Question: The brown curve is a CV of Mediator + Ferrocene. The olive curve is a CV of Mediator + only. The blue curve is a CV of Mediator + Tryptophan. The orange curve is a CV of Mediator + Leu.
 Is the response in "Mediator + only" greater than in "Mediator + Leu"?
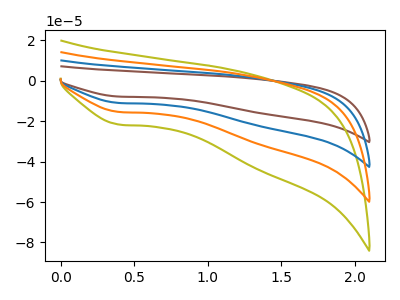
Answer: <think>The brown curve "Mediator + Ferrocene" has a cathodic peak at: (0.40V, -46.25uA). The olive curve "Mediator + only" has a cathodic peak at: (0.40V, -21.65uA). The blue curve "Mediator + Tryptophan" has a cathodic peak at: (0.40V, -30.80uA). The orange curve "Mediator + Leu" has a cathodic peak at: (0.40V, -15.40uA).
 All the peaks in "Mediator + only" have a peak in "Mediator + Leu" at the same potential. Every peak in "Mediator + only" is higher than every peak in "Mediator + Leu".</think>
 <answer>"Mediator + only" has more signal than "Mediator + Leu".</answer>
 <eval>more_signal</eval>